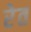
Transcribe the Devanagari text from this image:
रेेत